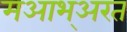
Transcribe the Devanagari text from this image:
मआभ्अरत